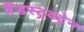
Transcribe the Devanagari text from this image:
बेंडस्ट्रक्ट्रेन